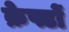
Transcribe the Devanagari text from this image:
क्रेफ्टों